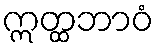
ဣတ္ထဘာဝံ